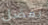
بفضل